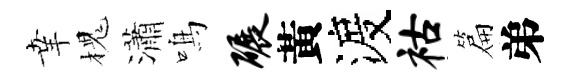
𦍒槐瀟鳴碾黃渡祜篇弟